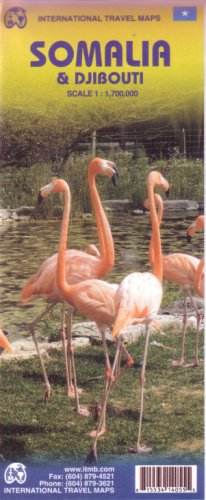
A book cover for Somalia & Djibouti 1:1,700,000 Travel Map (International Travel Maps); ITM Canada; Travel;